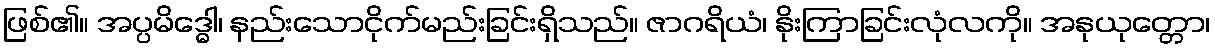
ဖြစ်၏။ အပ္ပမိဒ္ဓေါ၊ နည်းသောငိုက်မည်းခြင်းရှိသည်။ ဇာဂရိယံ၊ နိုးကြာခြင်းလုံလကို။ အနုယုတ္တော၊